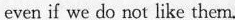
even if we do not like them.